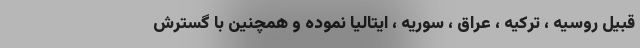
قبیل روسیه ، ترکیه ، عراق ، سوریه ، ایتالیا نموده و همچنین با گسترش